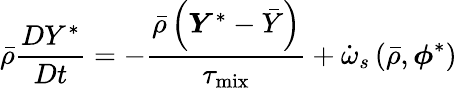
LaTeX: \bar{\rho}\frac{DY^{*}}{Dt}=-\frac{\bar{\rho}\left(\boldsymbol{Y}^{*}-\bar{Y}\right)}{\tau_{\mathrm{mix}}}+\dot{\omega}_{s}\left(\bar{\rho},\boldsymbol{\phi}^{*}\right)